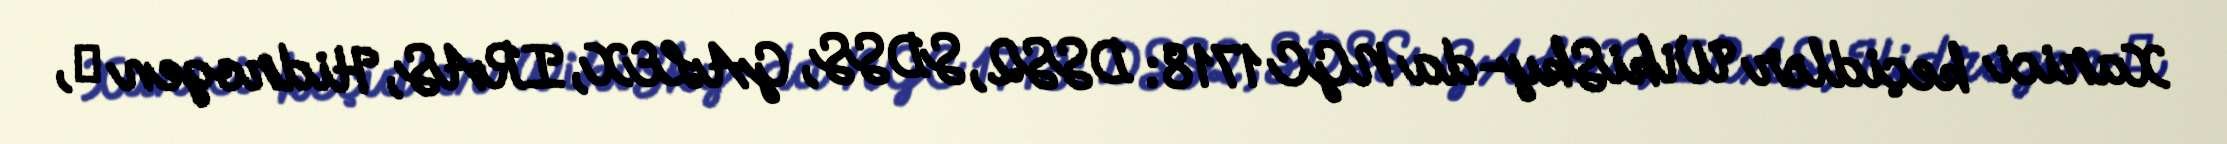
Xarici keçidlər WikiSky-da NGC 1718: DSS2, SDSS, GALEX, IRAS, Hidrogen α,